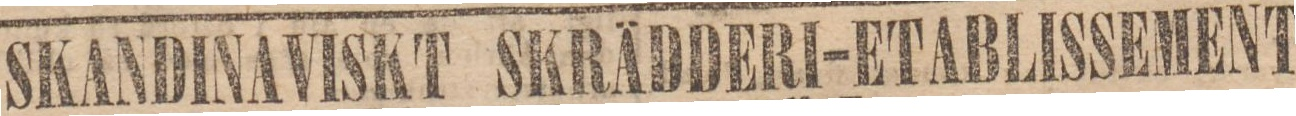
SKANDINAVISKT SKRÄDOERI-ETABLISSEMENT